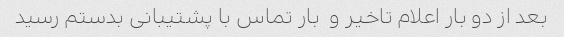
بعد از دو بار اعلام تاخیر و  بار تماس با پشتیبانی بدستم رسید